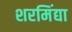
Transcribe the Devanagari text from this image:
शरमिंद्या